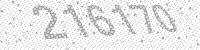
Solution: 216170